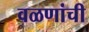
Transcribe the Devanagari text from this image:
वळणांची